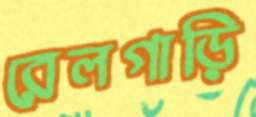
রেলগাড়ি